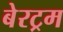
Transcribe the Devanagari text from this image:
बेरट्रम